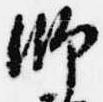
師